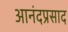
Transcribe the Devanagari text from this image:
आनंदप्रसाद